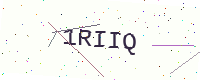
Text: 1RIIQ